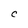
Character: C